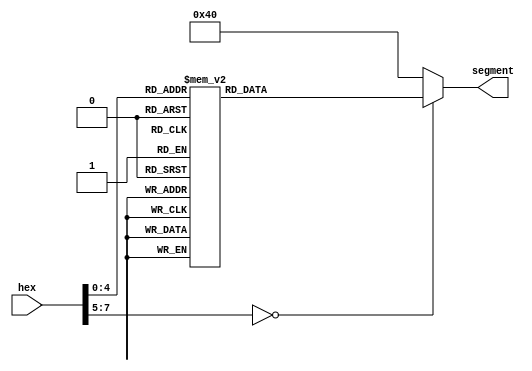
`timescale 1ns / 1ps
//////////////////////////////////////////////////////////////////////////////////
// Company: 
// Engineer: 
// 
// Design Name: 
// Module Name: segmentDecoder
// Project Name: 
// Target Devices: 
// Tool Versions: 
// Description: 
// 
// Dependencies: 
// 
// Revision:
// Revision 0.01 - File Created
// Additional Comments:
// 
//////////////////////////////////////////////////////////////////////////////////


module segmentDecoderExtended(
    output reg [6:0] segment,
    input [7:0] hex
    );
    
// 7-segment encoding
//      0
//     ---
//  5 |   | 1
//     --- <--6
//  4 |   | 2
//     ---
//      3
   
   always @(hex)
      case (hex)
          8'h01 : segment = 7'b1111001;   // 1
          8'h02 : segment = 7'b0100100;   // 2
          8'h03 : segment = 7'b0110000;   // 3
          8'h04 : segment = 7'b0011001;   // 4
          8'h05 : segment = 7'b0010010;   // 5
          8'h06 : segment = 7'b0000010;   // 6
          8'h07 : segment = 7'b1111000;   // 7
          8'h08 : segment = 7'b0000000;   // 8
          8'h09 : segment = 7'b0010000;   // 9
          8'h0A : segment = 7'b0001000;   // A
          8'h0B : segment = 7'b0000011;   // b
          8'h0C : segment = 7'b1000110;   // C
          8'h0D : segment = 7'b0100001;   // d
          8'h0E : segment = 7'b0000110;   // E
          8'h0F : segment = 7'b0001110;   // F
          8'h10 : segment = 7'b0111111;   // -
          8'h1F : segment = 7'b1111111;   // <empty>
          default  : segment = 7'b1000000;   // 0
      endcase
				
				
endmodule